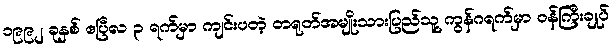
၁၉၉၂ ခုနှစ် ဧပြီလ ၃ ရက်မှာ ကျင်းပတဲ့ တရုတ်အမျိုးသားပြည်သူ့ ကွန်ဂရက်မှာ ဝန်ကြီးချုပ်